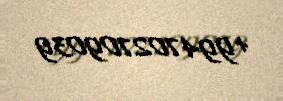
+994702709039